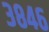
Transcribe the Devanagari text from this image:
३८४६